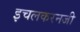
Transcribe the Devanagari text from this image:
इचलकरनजी